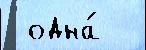
 одна́